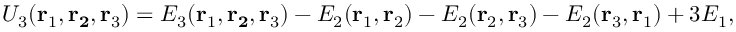
U _ { 3 } ( \mathbf { r } _ { 1 } , \mathbf { r _ { 2 } } , \mathbf { r } _ { 3 } ) = E _ { 3 } ( \mathbf { r } _ { 1 } , \mathbf { r _ { 2 } } , \mathbf { r } _ { 3 } ) - E _ { 2 } ( \mathbf { r } _ { 1 } , \mathbf { r } _ { 2 } ) - E _ { 2 } ( \mathbf { r } _ { 2 } , \mathbf { r } _ { 3 } ) - E _ { 2 } ( \mathbf { r } _ { 3 } , \mathbf { r } _ { 1 } ) + 3 E _ { 1 } ,